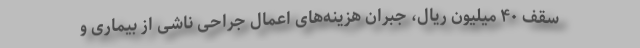
سقف ۴۰ میلیون ریال، جبران هزینه‌های اعمال جراحی ناشی از بیماری و